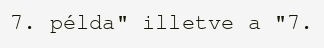
7. példa" illetve a "7.